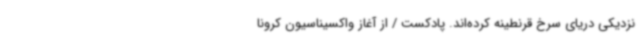
نزدیکی دریای سرخ قرنطینه کرده‌اند. پادکست / از آغاز واکسیناسیون کرونا